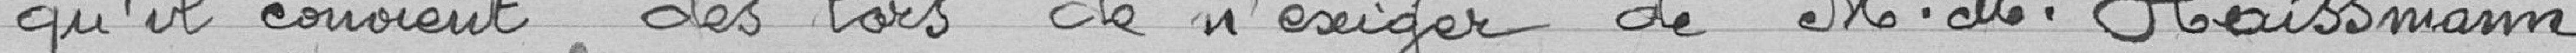
qu'il convient dès lors de n'exiger de Monsieur M. Haissmann